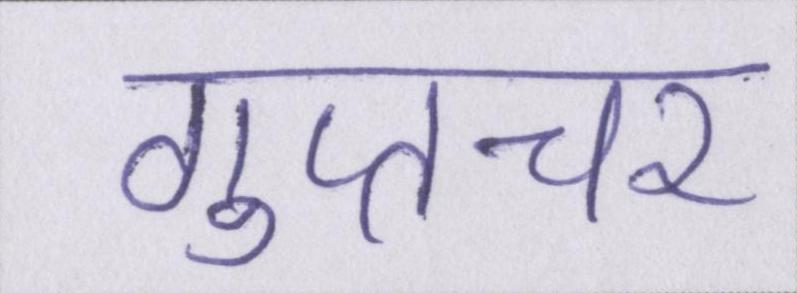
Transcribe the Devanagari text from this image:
गुप्तचर